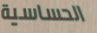
الحساسية